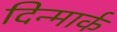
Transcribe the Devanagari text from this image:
दिन्मार्क